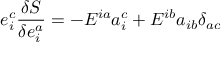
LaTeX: e _ { i } ^ { c } \frac { \delta S } { \delta e _ { i } ^ { a } } = - E ^ { i a } a _ { i } ^ { c } + E ^ { i b } a _ { i b } \delta _ { a c }